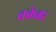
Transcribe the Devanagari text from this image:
चक्रेश्वर